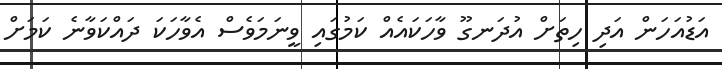
އަޑުއަހަން އަދި ހިތަށް އުދަނގޫ ވާހަކައެއް ކަމުގައި ވީނަމަވެސް އެވާހަކަ ދައްކަވާނެ ކަމަށް